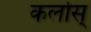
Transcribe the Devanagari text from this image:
कर्लोस्